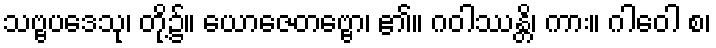
သဗ္ဗပဒေသု၊ တို့၌။ ယောဇေတဗ္ဗော၊ ၏။ ဂဝါဿန္တိ၊ ကား။ ဂါဝေါ စ၊